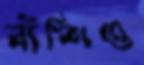
বাঁশিও